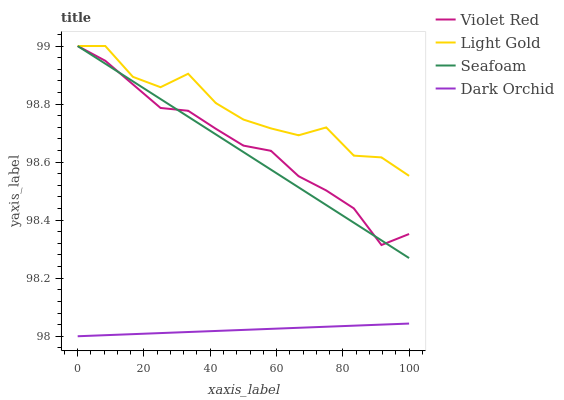
| xaxis_label | Violet Red | Light Gold | Seafoam | Dark Orchid |
 | --- | --- | --- | --- | --- |
 | 0 | 99 | 99 | 99 | 98 |
 | 8.33 | 98.9 | 99 | 98.9 | 98 |
 | 16.7 | 98.9 | 98.9 | 98.9 | 98 |
 | 25 | 98.8 | 98.9 | 98.8 | 98 |
 | 33.3 | 98.8 | 98.9 | 98.8 | 98 |
 | 41.7 | 98.7 | 98.8 | 98.7 | 98 |
 | 50 | 98.7 | 98.7 | 98.6 | 98 |
 | 58.3 | 98.6 | 98.7 | 98.6 | 98 |
 | 66.7 | 98.6 | 98.7 | 98.5 | 98 |
 | 75 | 98.5 | 98.7 | 98.5 | 98 |
 | 83.3 | 98.4 | 98.6 | 98.4 | 98 |
 | 91.7 | 98.3 | 98.6 | 98.3 | 98 |
 | 100 | 98.4 | 98.6 | 98.3 | 98 |